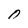
Character: O